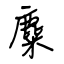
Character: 麋